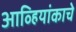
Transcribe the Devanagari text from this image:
आव्हियांकाचे